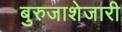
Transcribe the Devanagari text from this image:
बुरुजाशेजारी